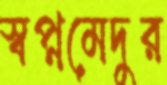
স্বপ্নমেদুর